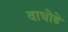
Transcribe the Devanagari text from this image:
वाघोडे